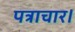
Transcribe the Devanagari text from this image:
पत्राचार।